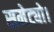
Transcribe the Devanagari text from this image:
समेट्यो।